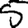
Digit: 5